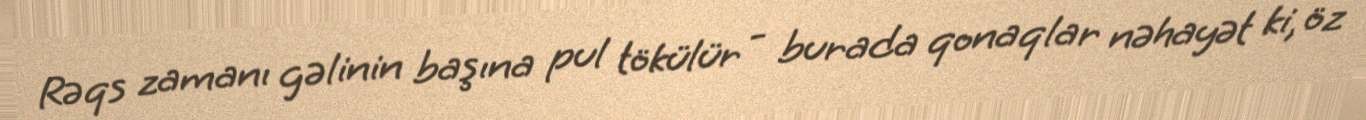
Rəqs zamanı gəlinin başına pul tökülür - burada qonaqlar nəhayət ki, öz